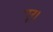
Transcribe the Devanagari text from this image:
पूर।